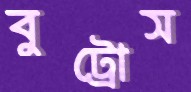
বুট্রোস